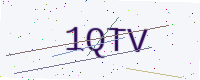
Text: 1QTV